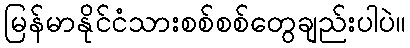
မြန်မာနိုင်ငံသားစစ်စစ်တွေချည်းပါပဲ။